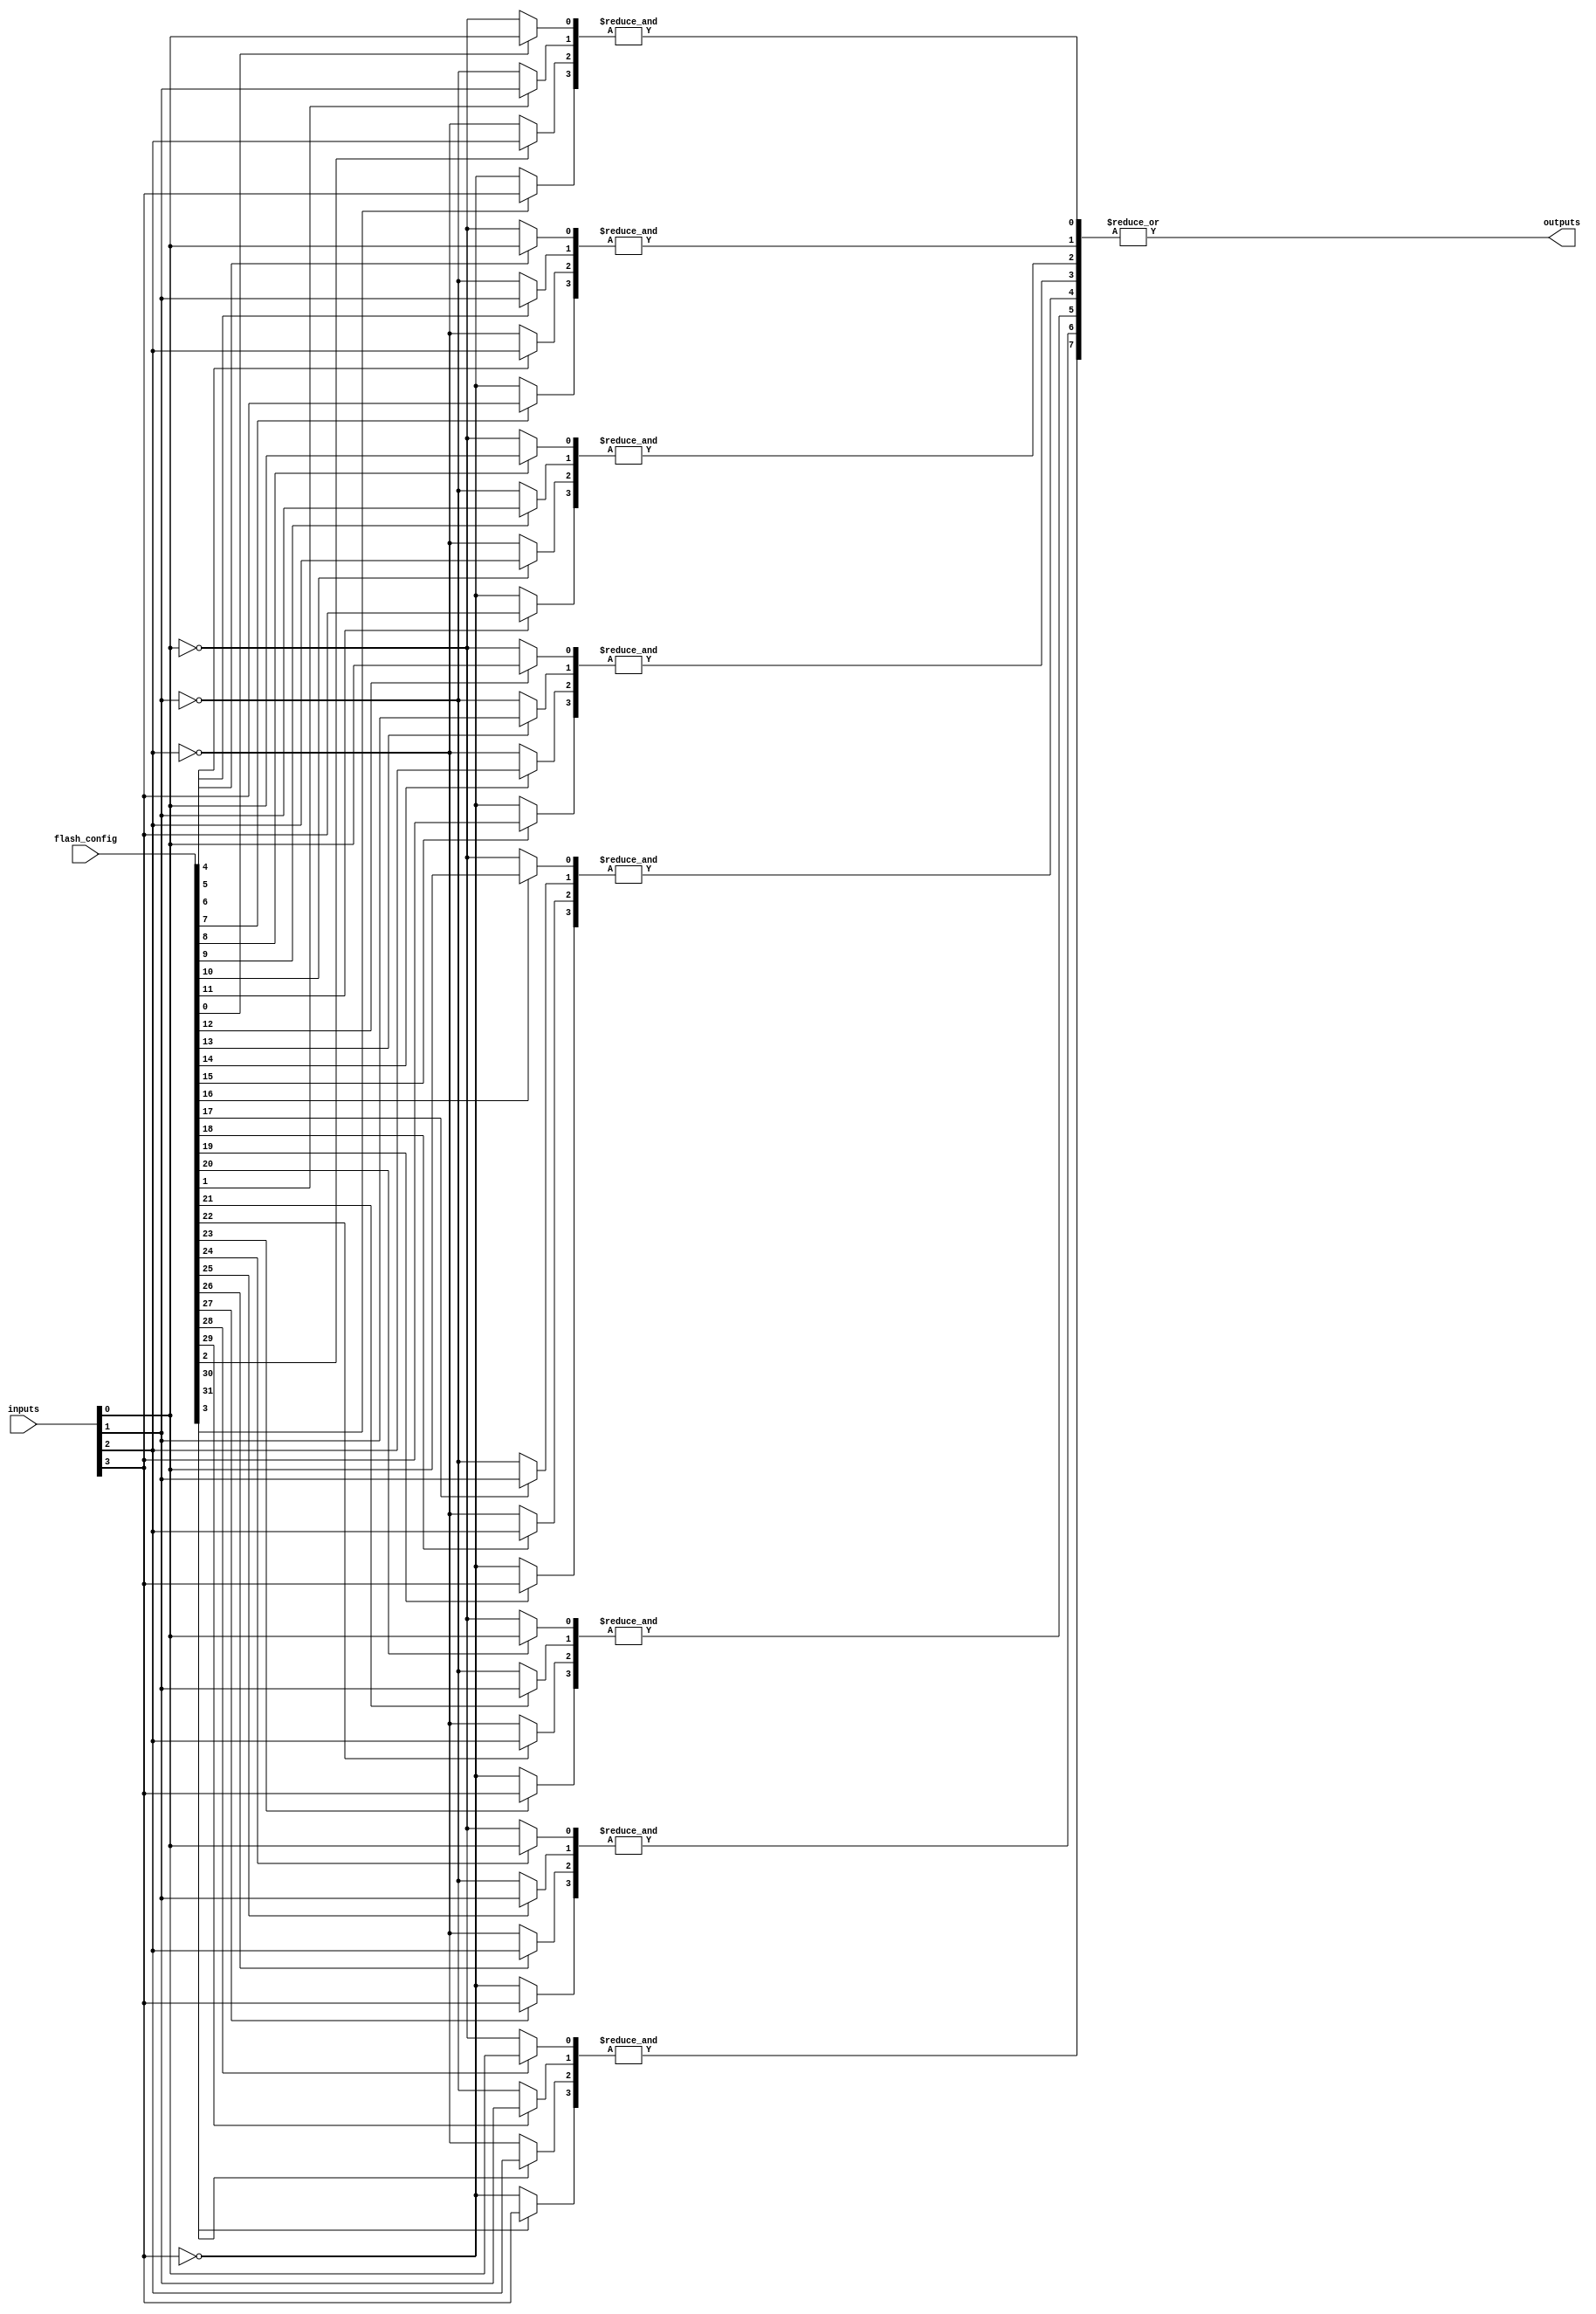
module FlashProgrammablePAL #(
    parameter NUM_INPUTS = 4,        // Number of inputs
    parameter NUM_AND_GATES = 8,     // Number of AND gates
    parameter NUM_OR_GATES = 1,      // Number of OR gates
    parameter FLASH_MEMORY_SIZE = 32 // Size of flash memory for configuration
)(
    input wire [NUM_INPUTS-1:0] inputs, // Input signals
    input wire [FLASH_MEMORY_SIZE-1:0] flash_config, // Flash memory configuration
    output wire [NUM_OR_GATES-1:0] outputs // Output signals
);

    // Internal signals for AND gate outputs
    wire [NUM_AND_GATES-1:0] and_outputs;

    // Generate AND gates based on flash configuration
    genvar i, j;
    generate
        for (i = 0; i < NUM_AND_GATES; i = i + 1) begin : and_gate
            wire [NUM_INPUTS-1:0] and_inputs;
            // Connect inputs based on flash configuration
            for (j = 0; j < NUM_INPUTS; j = j + 1) begin : input_connection
                assign and_inputs[j] = flash_config[i * NUM_INPUTS + j] ? inputs[j] : ~inputs[j];
            end
            // AND gate logic
            assign and_outputs[i] = &and_inputs; // AND operation
        end
    endgenerate

    // OR gate logic (fixed OR array)
    assign outputs[0] = |and_outputs; // OR operation (single OR gate)

endmodule